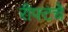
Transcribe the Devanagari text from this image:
रीफ्टचे